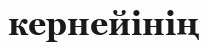
кернейінің